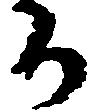
ち